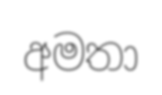
අමතා